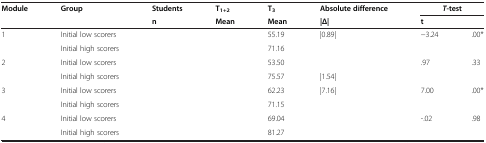
<table><thead><tr><td><b>Module</b></td><td><b>Group</b></td><td><b>Students</b></td><td><b>T<sub>1+2</sub></b></td><td><b>T<sub>3</sub></b></td><td><b>Absolute difference</b></td><td colspan="2"><b><i>T</i>-test</b></td></tr><tr><td>[EMPTY_CELL]</td><td>[EMPTY_CELL]</td><td><b>n</b></td><td><b>Mean</b></td><td><b>Mean</b></td><td><b>|Δ|</b></td><td><b>t</b></td><td>[EMPTY_CELL]</td></tr></thead><tbody><tr><td>1</td><td>Initial low scorers</td><td>[EMPTY_CELL]</td><td>[EMPTY_CELL]</td><td>55.19</td><td>|0.89|</td><td rowspan="2">−3.24</td><td rowspan="2">.00*</td></tr><tr><td>[EMPTY_CELL]</td><td>Initial high scorers</td><td>[EMPTY_CELL]</td><td>[EMPTY_CELL]</td><td>71.16</td><td>[EMPTY_CELL]</td></tr><tr><td>2</td><td>Initial low scorers</td><td>[EMPTY_CELL]</td><td>[EMPTY_CELL]</td><td>53.50</td><td>[EMPTY_CELL]</td><td rowspan="2">.97</td><td rowspan="2">.33</td></tr><tr><td>[EMPTY_CELL]</td><td>Initial high scorers</td><td>[EMPTY_CELL]</td><td>[EMPTY_CELL]</td><td>75.57</td><td>|1.54|</td></tr><tr><td>3</td><td>Initial low scorers</td><td>[EMPTY_CELL]</td><td>[EMPTY_CELL]</td><td>62.23</td><td>|7.16|</td><td rowspan="2">7.00</td><td rowspan="2">.00*</td></tr><tr><td>[EMPTY_CELL]</td><td>Initial high scorers</td><td>[EMPTY_CELL]</td><td>[EMPTY_CELL]</td><td>71.15</td><td>[EMPTY_CELL]</td></tr><tr><td>4</td><td>Initial low scorers</td><td>[EMPTY_CELL]</td><td>[EMPTY_CELL]</td><td>69.04</td><td>[EMPTY_CELL]</td><td>-.02</td><td>.98</td></tr><tr><td>[EMPTY_CELL]</td><td>Initial high scorers</td><td>[EMPTY_CELL]</td><td>[EMPTY_CELL]</td><td>81.27</td><td>[EMPTY_CELL]</td><td>[EMPTY_CELL]</td><td>[EMPTY_CELL]</td></tr></tbody></table>